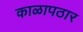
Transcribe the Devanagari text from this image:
काळापठार